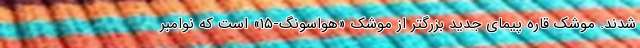
شدند. موشک قاره پیمای جدید بزرگتر از موشک «هواسونگ-۱۵» است که نوامبر